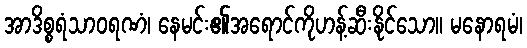
အာဒိစ္စရံသာဝရဏံ၊ နေမင်း၏အရောင်ကိုဟန့်ဆီးနိုင်သော။ မနောရမံ၊